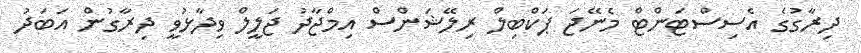
ދިރާގުގެ އެސިސްޓަންޓް މެނޭޖަ ޕަކްބިލް ރިލޭޝަންސް އިމްޖާދު ޖަލީލް ވިދާޅުވީ ދިރާގުން އަބަދު